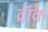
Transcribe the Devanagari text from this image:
व्रॉक